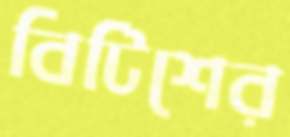
বিটিশের